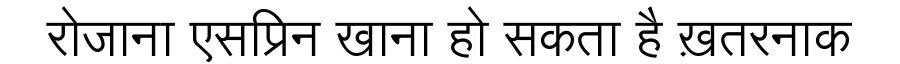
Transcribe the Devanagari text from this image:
रोजाना एसप्रिन खाना हो सकता है ख़तरनाक